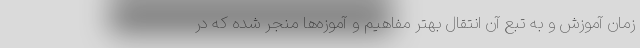
زمان آموزش و به تبع آن انتقال بهتر مفاهیم و آموزه‌ها منجر شده که در